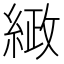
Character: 𮈤